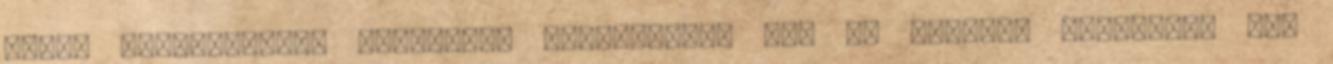
tesz, "zaklatott", "ideges". "pedig"-gel meg ne kezdjen mondatot, még